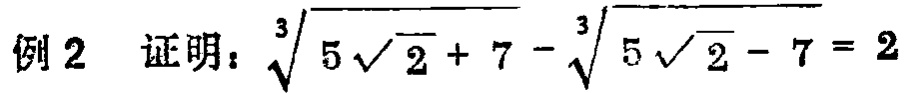
例2 证明：\(\sqrt[3]{5\sqrt{2} + 7}-\sqrt[3]{5\sqrt{2} - 7}=2\)